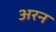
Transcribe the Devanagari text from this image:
अरन